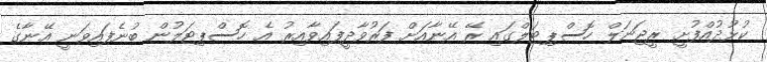
ކުޅުދުއްފުށީ ރީޖަނަލް ހޮސްޕިޓަލްގައި ރޭ އޭނާއަށް ފަރުވާދީފައިވާއިރު އެ ހޮސްޕިޓަލުން ބުނެފައިވަނީ އޭނާގެ